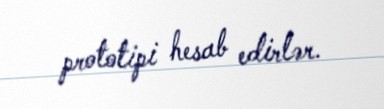
prototipi hesab edirlər.